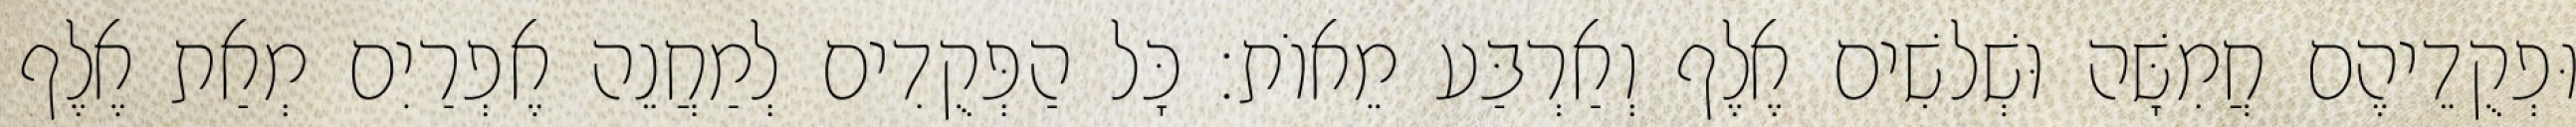
וּפְקֻדֵיהֶם חֲמִשָּׁה וּשְׁלשִׁים אֶלֶף וְאַרְבַּע מֵאוֹת׃ כָּל הַפְּקֻדִים לְמַחֲנֵה אֶפְרַיִם מְאַת אֶלֶף